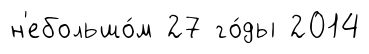
н'ебольшо́м 27 го́ды 2014